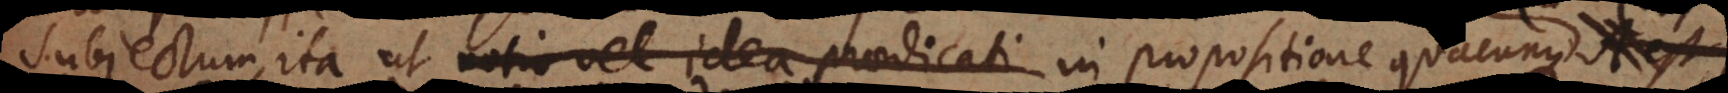
subjectum, ita ut notio vel idea praedicati in propositione quacunque ut